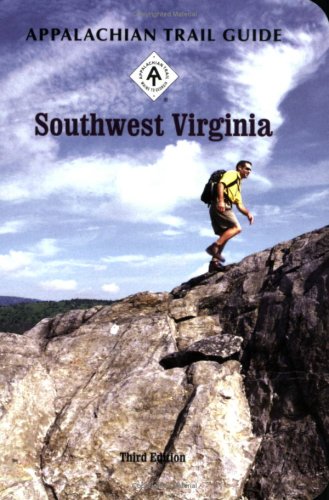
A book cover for Appalachian Trail Guide to Southwest Virginia; Travel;